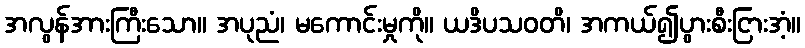
အလွန်အားကြီးသော။ အပုညံ၊ မကောင်းမှုကို။ ယဒိပသဝတိ၊ အကယ်၍ပွားစီးငြားအံ့။